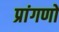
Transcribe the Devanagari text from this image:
प्रांगणों